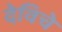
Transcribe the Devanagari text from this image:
देविचे